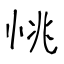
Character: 恌